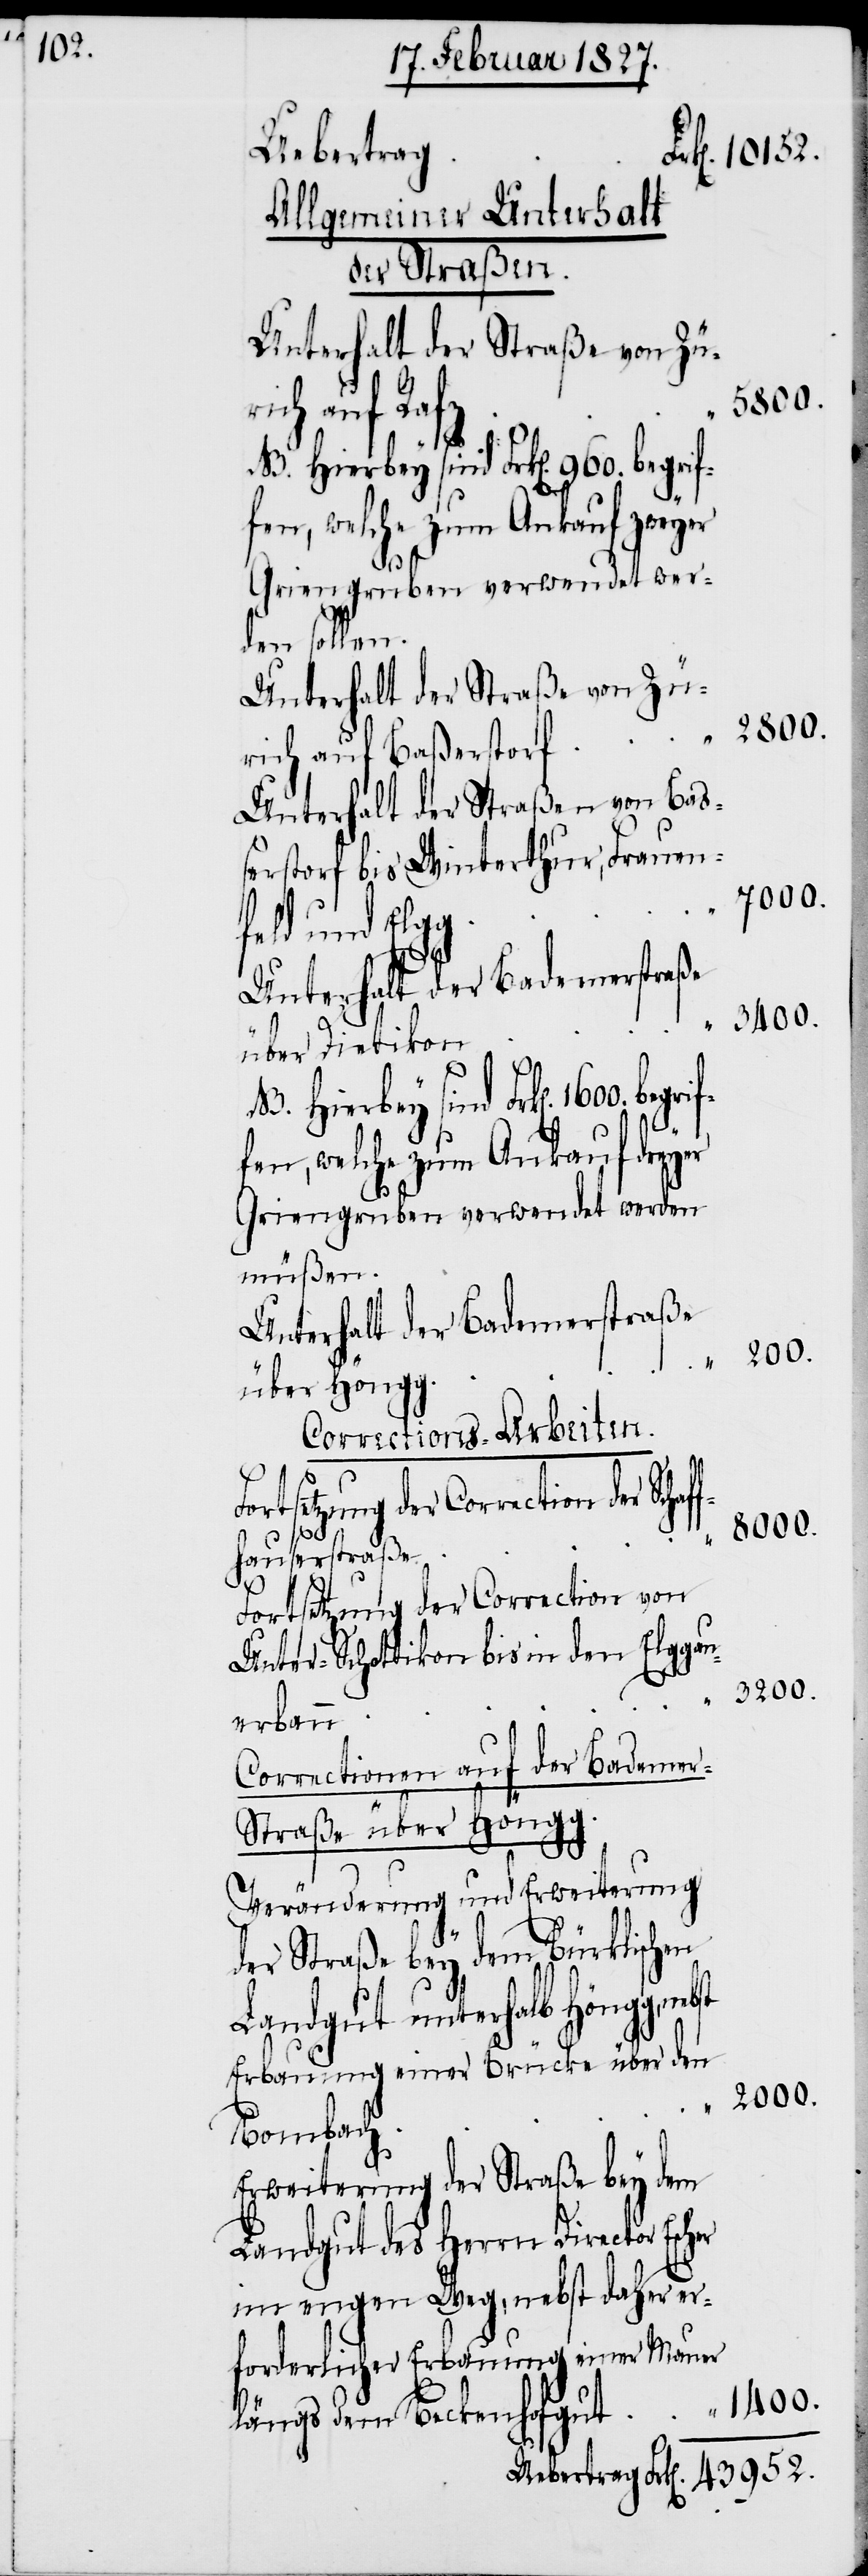
Uebertrag.
Allgemeiner Unterhalt
der Straßen.
Unterhalt der Straße von Zü¬
1600.
rich auf Raf¬
Schaf¬
NB. Hierbey sind Frk[en]. 960. begrif¬
fen, welche zum Ankauf zweyer
Griengruben verwendet wer¬
den sollen.
rich auf Baßerstorf
Unterhalt der Straße von Baß¬
erstorf nach Winterthur, Frauen¬
7000.
feld und Elgg
z.
“
Unterhalt der Badenerstraße
3400.
über Dietikon
“
NB. Hierbey sind Frk[en].
fen, welche zum Ankauf dreyer
Griengruben verwendet werden
müßen.
Unterhalt der Badenerstraße
200.
über Höngg
Corrections-Arbeiten.
8000.
“
fhauserstraße
Fortsetzung der Correction von
Unter-Schottikon bis in den Elggau¬
3200.
erbann
Correctionen auf der Badener¬
straße über Höngg.
Veränderung und Erweiterung
der Straße bey dem Bürklischen
Landgut unterhalb Höngg,
Erbauung einer Brücke über den
2000.
Bombach.
Erweiterung der Straße bey dem
Landgut des Herrn Director
im engen Weg, nebst daher er¬
forderlicher Erbauung einer Mauer
1400.
längs dem Beckenhofgut